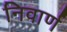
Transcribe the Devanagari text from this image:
निवार्ण